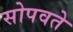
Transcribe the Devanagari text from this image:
सोपवते